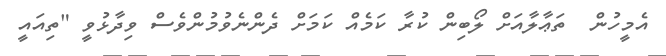
އެމީހުން  ތަޢާލާއަށް ލޯބިން ކުރާ ކަމެއް ކަމަށް ދެންނެވުމުންވެސް ވިދާޅުވީ "ތިއައީ